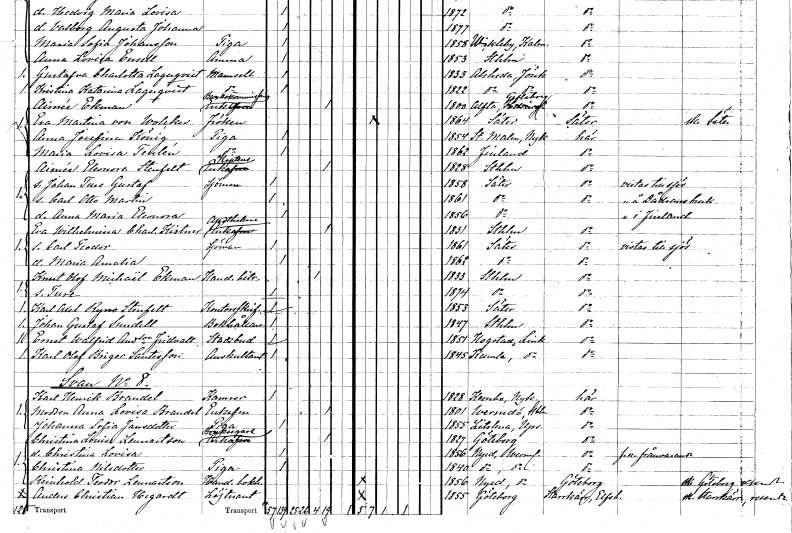
gt_parse: households: individuals: FN: Aimée Eleonora
EN: Stenfelt
YRKE: Kaptensänka
KON: K
CIV: E
FODAR: 1828
FODFORS: Stockholm
FN: Johan Ture Gustaf
YRKE: Sjöman
KON: M
CIV: O
FODAR: 1858
FODFORS: Säter Kopparbergs län
FN: Carl Otto Martin
KON: M
CIV: O
FODAR: 1861
FODFORS: Säter Kopparbergs län
FN: Anna Maria Eleonora
KON: K
CIV: O
FODAR: 1856
FODFORS: Säter Kopparbergs län
FN: Eva Wilhelmina Charlotta
EN: Kistner
YRKE: Apotekareänka
KON: K
CIV: E
FODAR: 1831
FODFORS: Stockholm
FN: Carl Teodor
YRKE: Sjöman
KON: M
CIV: O
FODAR: 1861
FODFORS: Säter Kopparbergs län
FN: Maria Amalia
KON: K
CIV: O
FODAR: 1862
FODFORS: Säter Kopparbergs län
FN: Knut Olof Michaël
EN: Ekman
YRKE: Handelsbiträde
KON: M
CIV: E
FODAR: 1833
FODFORS: Stockholm
FN: Ture
KON: M
CIV: O
FODAR: 1874
FODFORS: Stockholm
FN: Karl Axel Ryno
EN: Stenfelt
YRKE: Kontorsskrivare
KON: M
CIV: O
FODAR: 1853
FODFORS: Säter Kopparbergs län
FN: Johan Gustaf
EN: Sundell
YRKE: Bokhållare
KON: M
CIV: O
FODAR: 1847
FODFORS: Stockholm
FN: Ernst Walfrid
EN: Andersson Fridvall
YRKE: Stadsbud
KON: M
CIV: O
FODAR: 1851
FODFORS: Hogstad Östergötlands län
FN: Karl Olof Birger
EN: Santesson
YRKE: Auskultant
KON: M
CIV: O
FODAR: 1845
FODFORS: Kumla Östergötlands län
FN: Karl Henrik
EN: Brandel
YRKE: Kamrer
KON: M
CIV: O
FODAR: 1828
FODFORS: Kärnbo Södermanlands län
FN: Anna Lovisa
EN: Brandel
KON: K
CIV: E
FODAR: 1801
FODFORS: Värmdö Stockholms län
FN: Johanna Sofia
EN: Jansdotter
YRKE: Piga
KON: K
CIV: O
FODAR: 1855
FODFORS: Litslena Uppsala län
FN: Christina Louise
EN: Lennartson
YRKE: Bruksägareänka
KON: K
CIV: E
FODAR: 1827
FODFORS: Göteborg Göteborgs- och Bohuslän
FN: Christina Lovisa
KON: K
CIV: O
FODAR: 1856
FODFORS: Nyed Värmlands län
FN: Christina
EN: Nilsdotter
YRKE: Piga
KON: K
CIV: O
FODAR: 1840
FODFORS: Nyed Värmlands län
FN: Reinhold Teodor
EN: Lennartson
YRKE: Handelsbokhållare
KON: M
CIV: O
FODAR: 1856
FODFORS: Nyed Värmlands län
FN: Anders Christian
EN: Hegardt
YRKE: Löjtnant
KON: M
CIV: O
FODAR: 1855
FODFORS: Göteborg Göteborgs- och Bohuslän